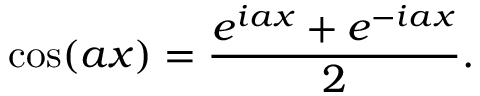
\cos ( a x ) = { \frac { e ^ { i a x } + e ^ { - i a x } } { 2 } } .